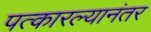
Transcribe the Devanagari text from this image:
पत्कारल्यानंतर